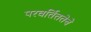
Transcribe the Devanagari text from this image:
परवर्तिततेचे